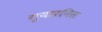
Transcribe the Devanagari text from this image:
गुयारनिस